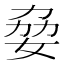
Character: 姭